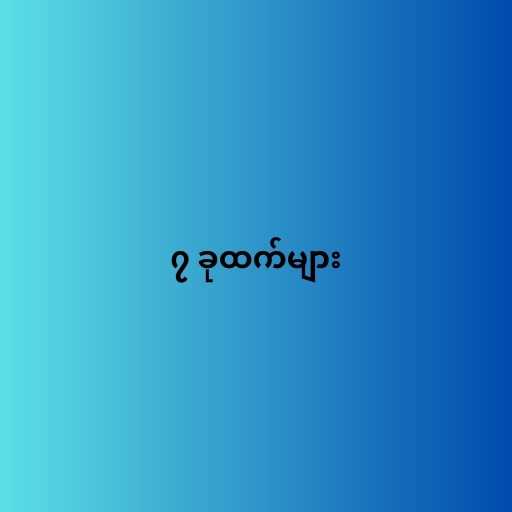
၇ ခုထက်များ